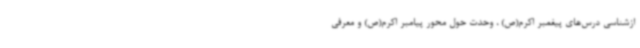
ازشناسی درس‌های پیغمبر اکرم(ص) ، وحدت حول محور پیامبر اکرم(ص) و معرفی